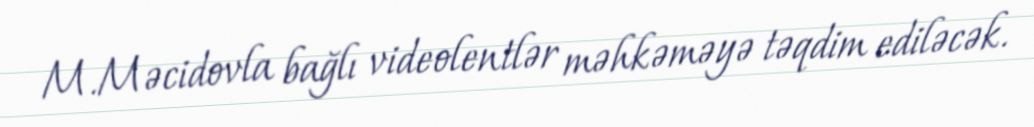
M.Məcidovla bağlı videolentlər məhkəməyə təqdim ediləcək.